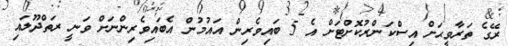
ރޭގެ ތަރާވީޙަށް އިސްކަންރުކޮށްޓަށް އެ 5 ބައިވެރިން އައުމުން އެބައިވެރިންނަށް ވަނީ ރަތްދޫލައި